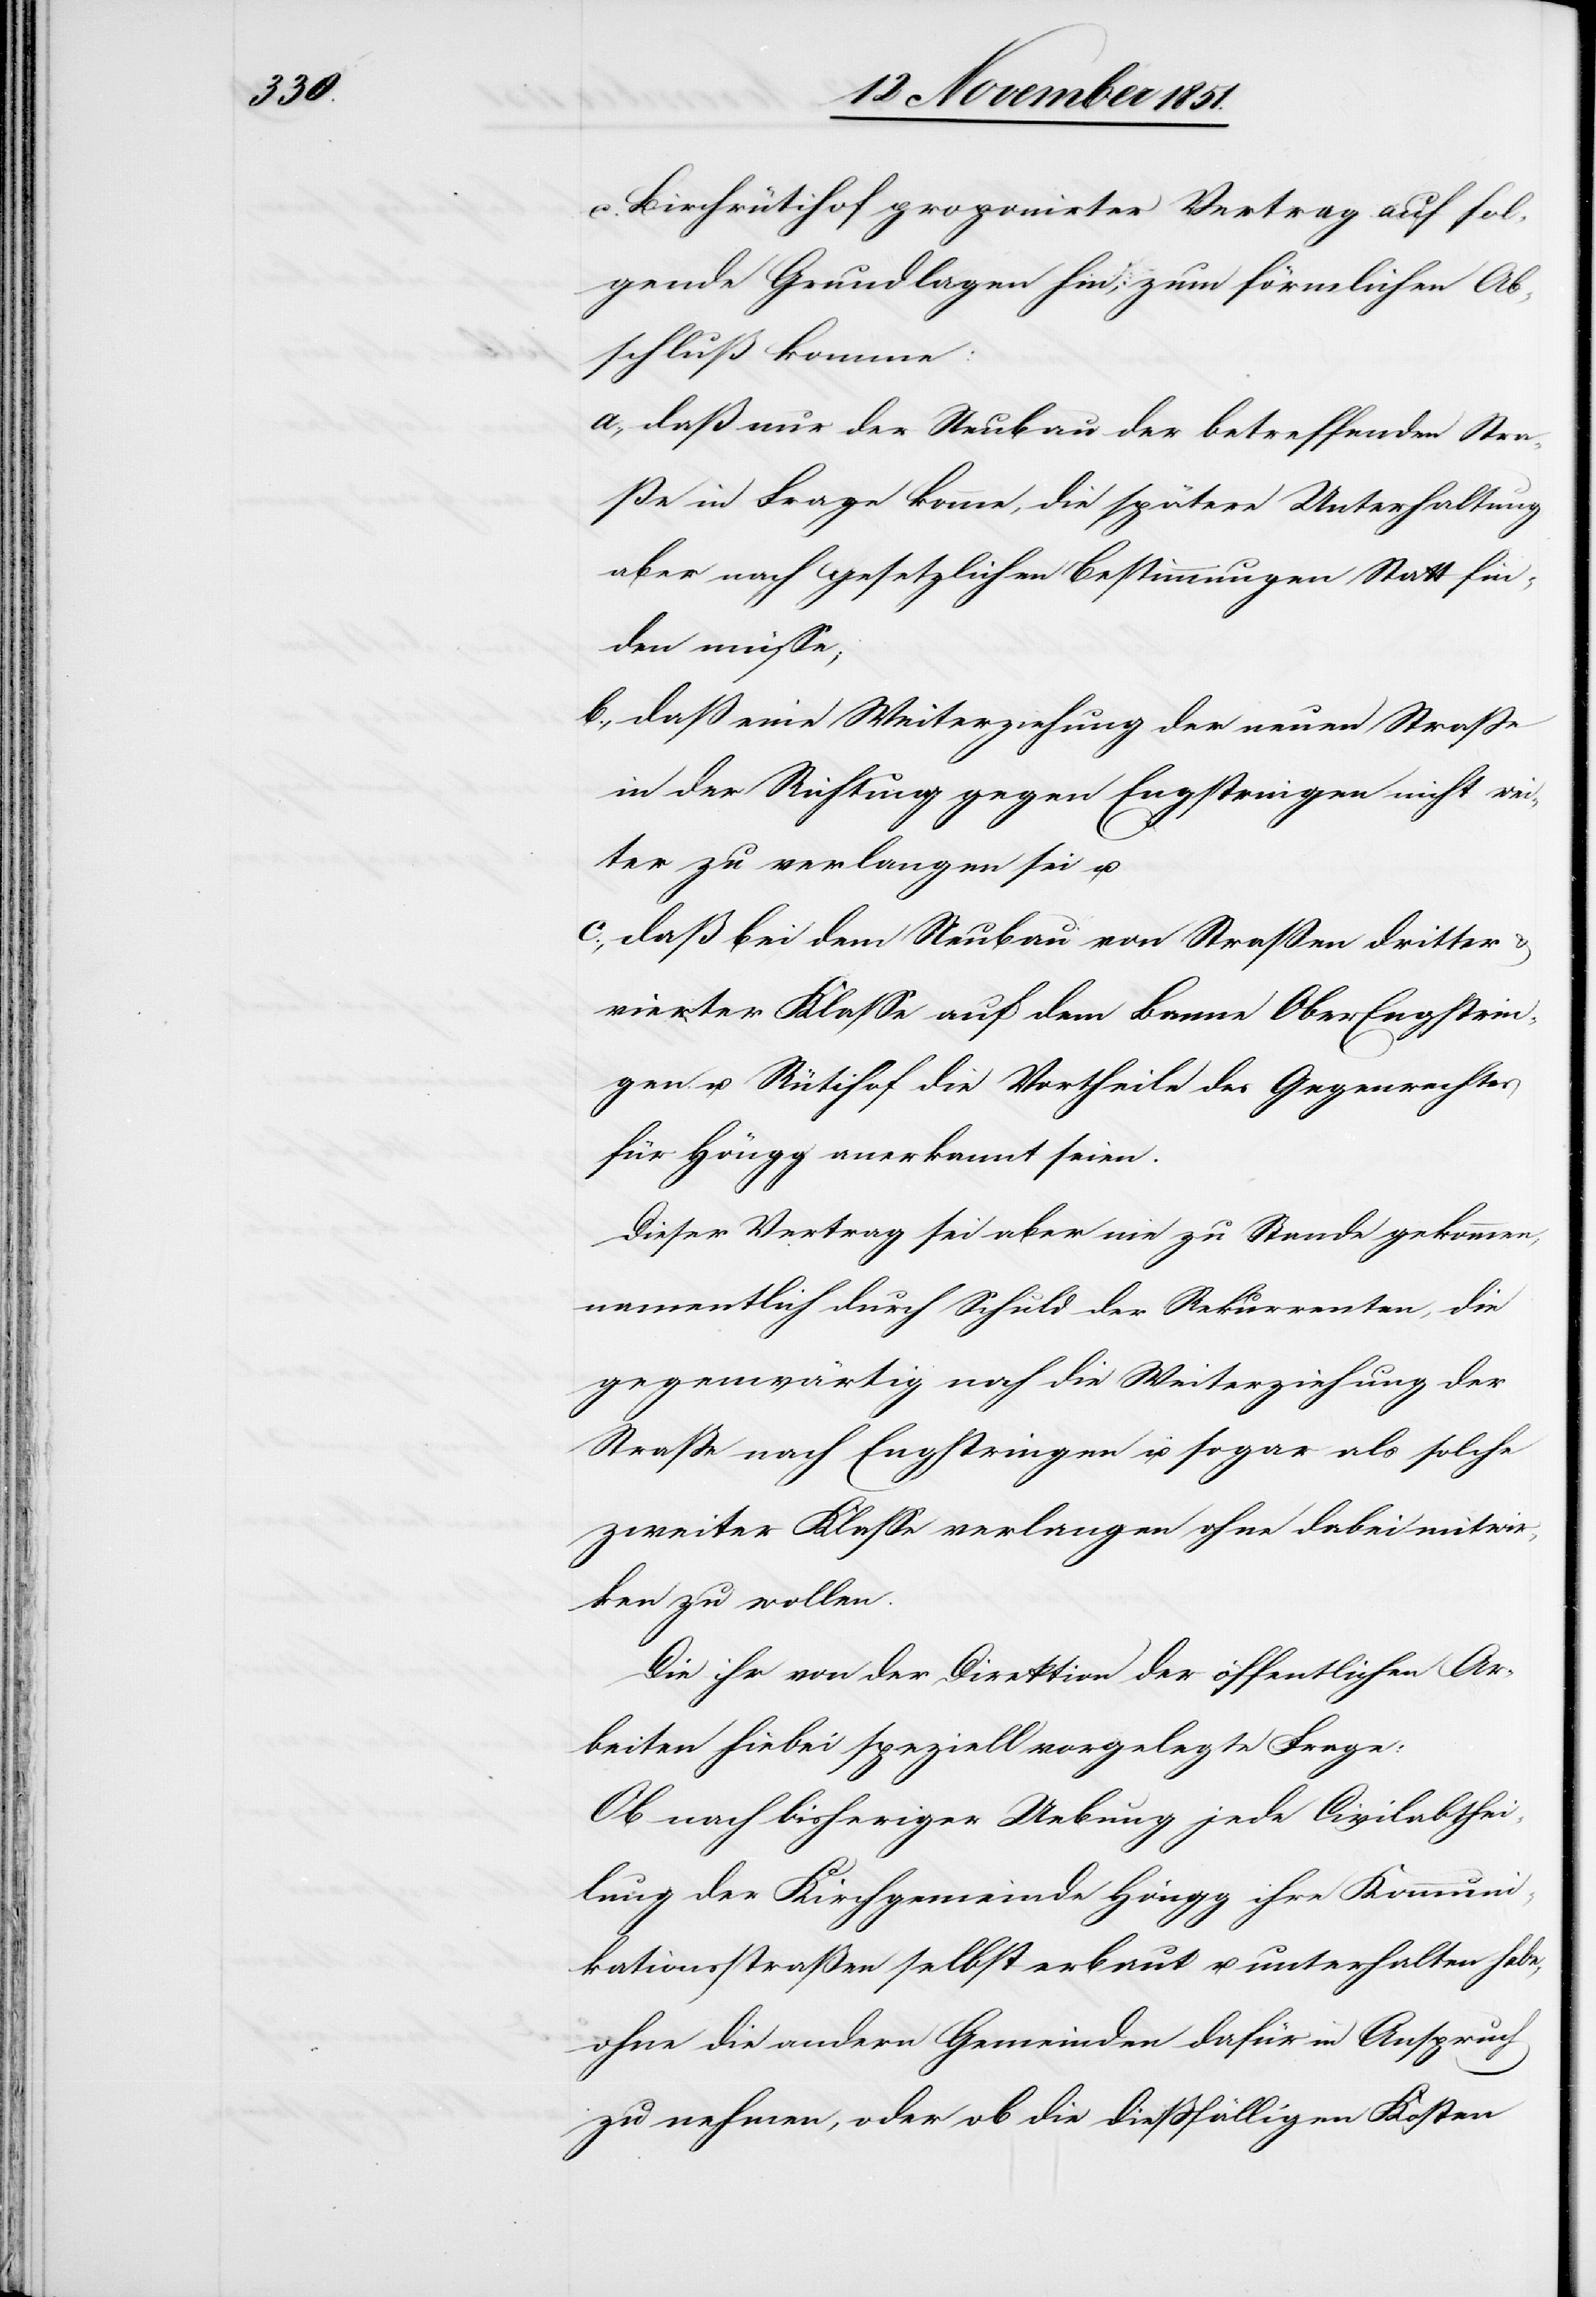
Birchrütihof proponirter Vertrag auf fol¬
gende Grundlagen hin; zum förmlichen Ab¬
schluß komme:
daß nur der Neubau der betreffenden Stra¬
ße in Frage komme, die spätere Unterhaltung
aber nach gesetzlichen Bestimmungen Statt fin¬
den müsse;
daß eine Weiterziehung der neuen Straße
in der Richtung gegen Engstringen nicht wei¬
ter zu verlangen sei u.
daß bei dem Neubau von Straßen dritter &
vierter Klasse auf dem Banne OberEngstrin¬
gen u. Rütihof die Vortheile des Gegenrechtes
für Höngg anerkannt seien.
Dieser Vertrag sei aber nie zu Stande gekommen,
namentlich durch Schuld der Rekurrenten, die
gegenwärtig noch die Weiterziehung der
Straße nach Engstringen u. sogar als solche
zweiter Klasse verlangen ohne dabei mitwir¬
ken zu wollen.
Die ihr von der Direktion der öffentlichen Ar¬
beiten hiebei speziell vorgelegte Frage:
Ob nach bisheriger Uebung jede Civilabthei¬
lung der Kirchgemeinde Höngg ihre Kommuni¬
kationsstraßen selbst erbaut u. unterhalten habe,
ohne die andern Gemeinden dafür in Anspruch
zu nehmen, oder ob die dießfälligen Kosten